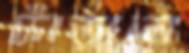
দাঁড়ালে